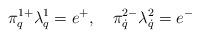
LaTeX: \begin{align*}\pi^{1+}_{q}\lambda^1_q=e^+,\quad\pi^{2-}_{\dot q}\lambda^2_{\dot q}=e^-\end{align*}